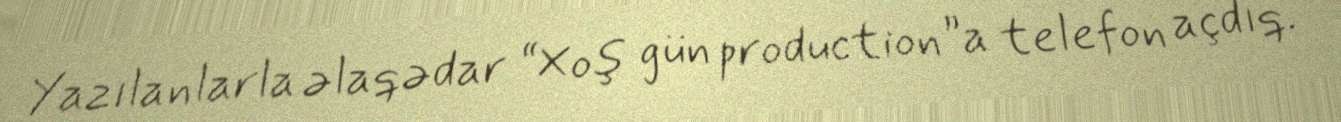
Yazılanlarla əlaqədar “Xoş gün production”a telefon açdıq.